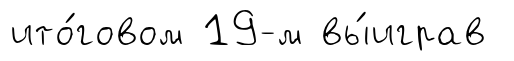
ито́говом 19-м вы́играв